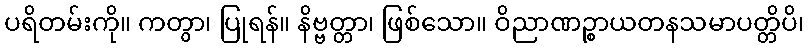
ပရိတမ်းကို။ ကတွာ၊ ပြုရန်။ နိဗ္ဗတ္တာ၊ ဖြစ်သော။ ဝိညာဏဉ္စာယတနသမာပတ္တိပိ၊